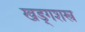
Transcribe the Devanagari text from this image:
खड्गशस्त्र